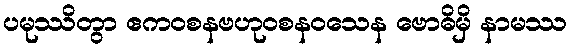
ပမုဿိတွာ ဧကဝစနဗဟုဝစနဝသေန ဗောဓိမှိ နာမဿ